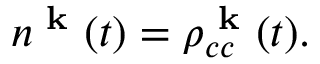
n ^ { \textbf { k } } ( t ) = \rho _ { c c } ^ { \textbf { k } } ( t ) .